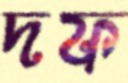
দফ